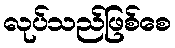
လုပ်သည်ဖြစ်စေ